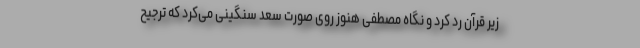
زیر قرآن رد کرد و نگاه مصطفی هنوز روی صورت سعد سنگینی می‌کرد که ترجیح